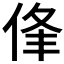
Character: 𠉏